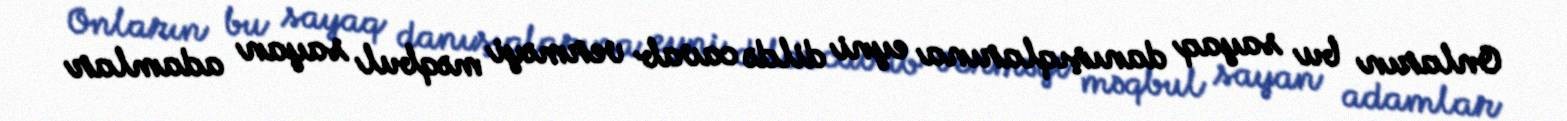
Onların bu sayaq danışıqlarına eyni dildə cavab verməyi məqbul sayan adamlar